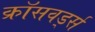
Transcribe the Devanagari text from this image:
क्रॉसवर्ड्स